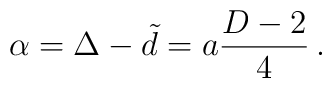
\alpha = \Delta - \tilde d = a {D-2 \over 4}\, .